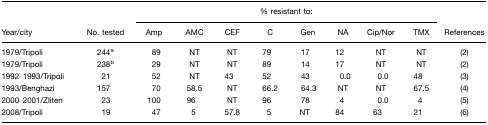
|  |  | <COLSPAN=8> % resistant to: |  |
 | Year/city | No. tested | Amp | AMC | CEF | C | Gen | NA | Cip/Nor | TMX | References |
 | --- | --- | --- | --- | --- | --- | --- | --- | --- | --- | --- |
 | 1979/Tripoli | 244a | 89 | NT | NT | 79 | 17 | 12 | NT | NT | (2) |
 | 1979/Tripoli | 238b | 29 | NT | NT | 89 | 14 | 17 | NT | NT | (2) |
 | 1992–1993/Tripoli | 21 | 52 | NT | 43 | 52 | 43 | 0.0 | 0.0 | 48 | (3) |
 | 1993/Benghazi | 157 | 70 | 58.5 | NT | 66.2 | 64.3 | NT | NT | 67.5 | (4) |
 | 2000–2001/Zliten | 23 | 100 | 96 | NT | 96 | 78 | 4 | 0.0 | 4 | (5) |
 | 2008/Tripoli | 19 | 47 | 5 | 57.8 | 5 | NT | 84 | 63 | 21 | (6) |